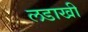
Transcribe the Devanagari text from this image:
लडाखी